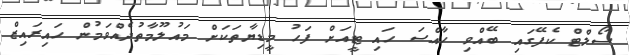
ސޯލްޓް ކެފޭގައި ބޭއްވި ހާއްސަ ހައި ޓީއަށް ފަހު މީޑިޔާތަކަށް މައުލޫމާތުދެއްވަމުން ހައިރައިޒް